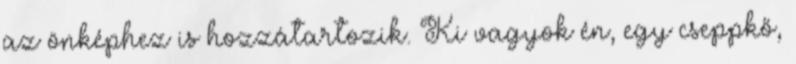
az önképhez is hozzátartozik. Ki vagyok én, egy cseppkő,